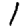
Digit: 1